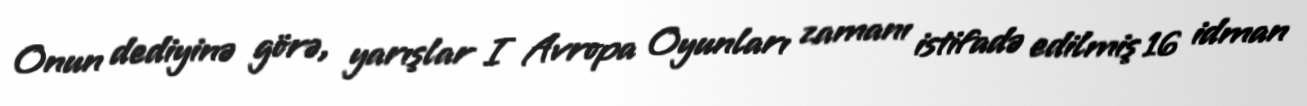
Onun dediyinə görə, yarışlar I Avropa Oyunları zamanı istifadə edilmiş 16 idman